Vaccine operations Central Provinces 1900-1911 - 1900-1911
Year: 1900
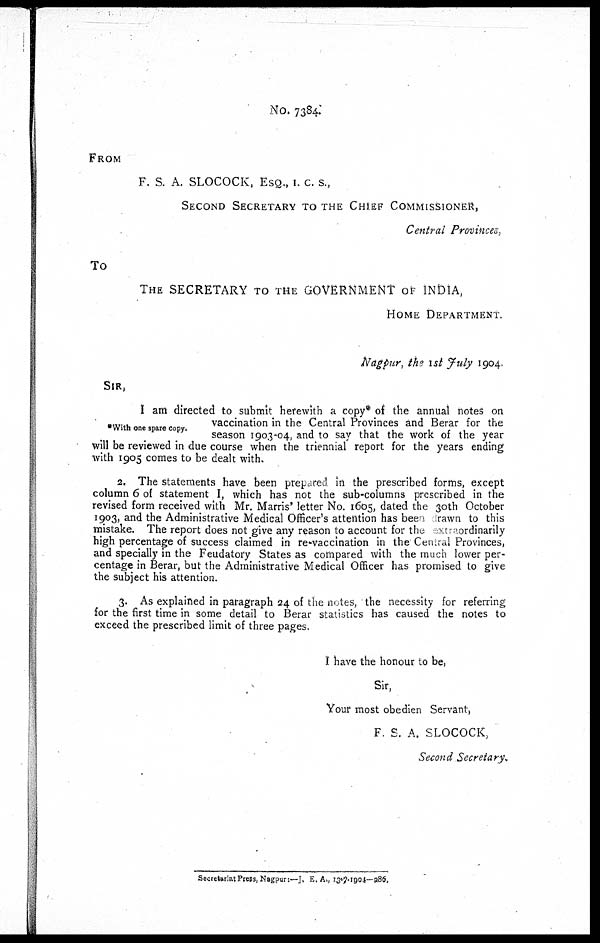
No. 7384.
FROM
F. S. A. SLOCOCK, ESQ., I. C. S.,
SECOND SECRETARY TO THE CHIEF COMMISSIONER,
Central Provinces,
To
THE SECRETARY TO THE GOVERNMENT OF INDIA,
HOME DEPARTMENT.
Nagpur, the 1st July 1904.
SIR,
*With one spare Copy.
I am directed to submit herewith a copy* of the annual notes on
vaccination in the Central Provinces and Berar for the
season 1903-04, and to say that the work of the year
will be reviewed in due course when the triennial report for the years ending
with 1905 comes to be dealt with.
2. The statements have been prepared in the prescribed forms, except
column 6 of statement I, which has not the sub-columns prescribed in the
revised form received with Mr. Marris' letter No. 1605, dated the 30th October
1903, and the Administrative Medical Officer's attention has been irawn to this
mistake. The report does not give any reason to account for the netraordinarily
high percentage of success claimed in re-vaccination in the Central Provinces,
and specially in the Feudatory States as compared with the much lower per-
centage in Berar, but the Administrative Medical Officer has promised to give
the subject his attention.
3. As explained in paragraph 24 of the notes, the necessity for referring
for the first time in some detail to Berar statistics has caused the notes to
exceed the prescribed limit of three pages.
I have the honour to be,
Sir,
Your most obedien Servant,
F. S. A. SLOCOCK,
Second Secretary.
Secretariat Press, Nagpur:—J. E. A., 13-7-1904—286.